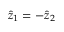
\hat { z } _ { 1 } = - \hat { z } _ { 2 }